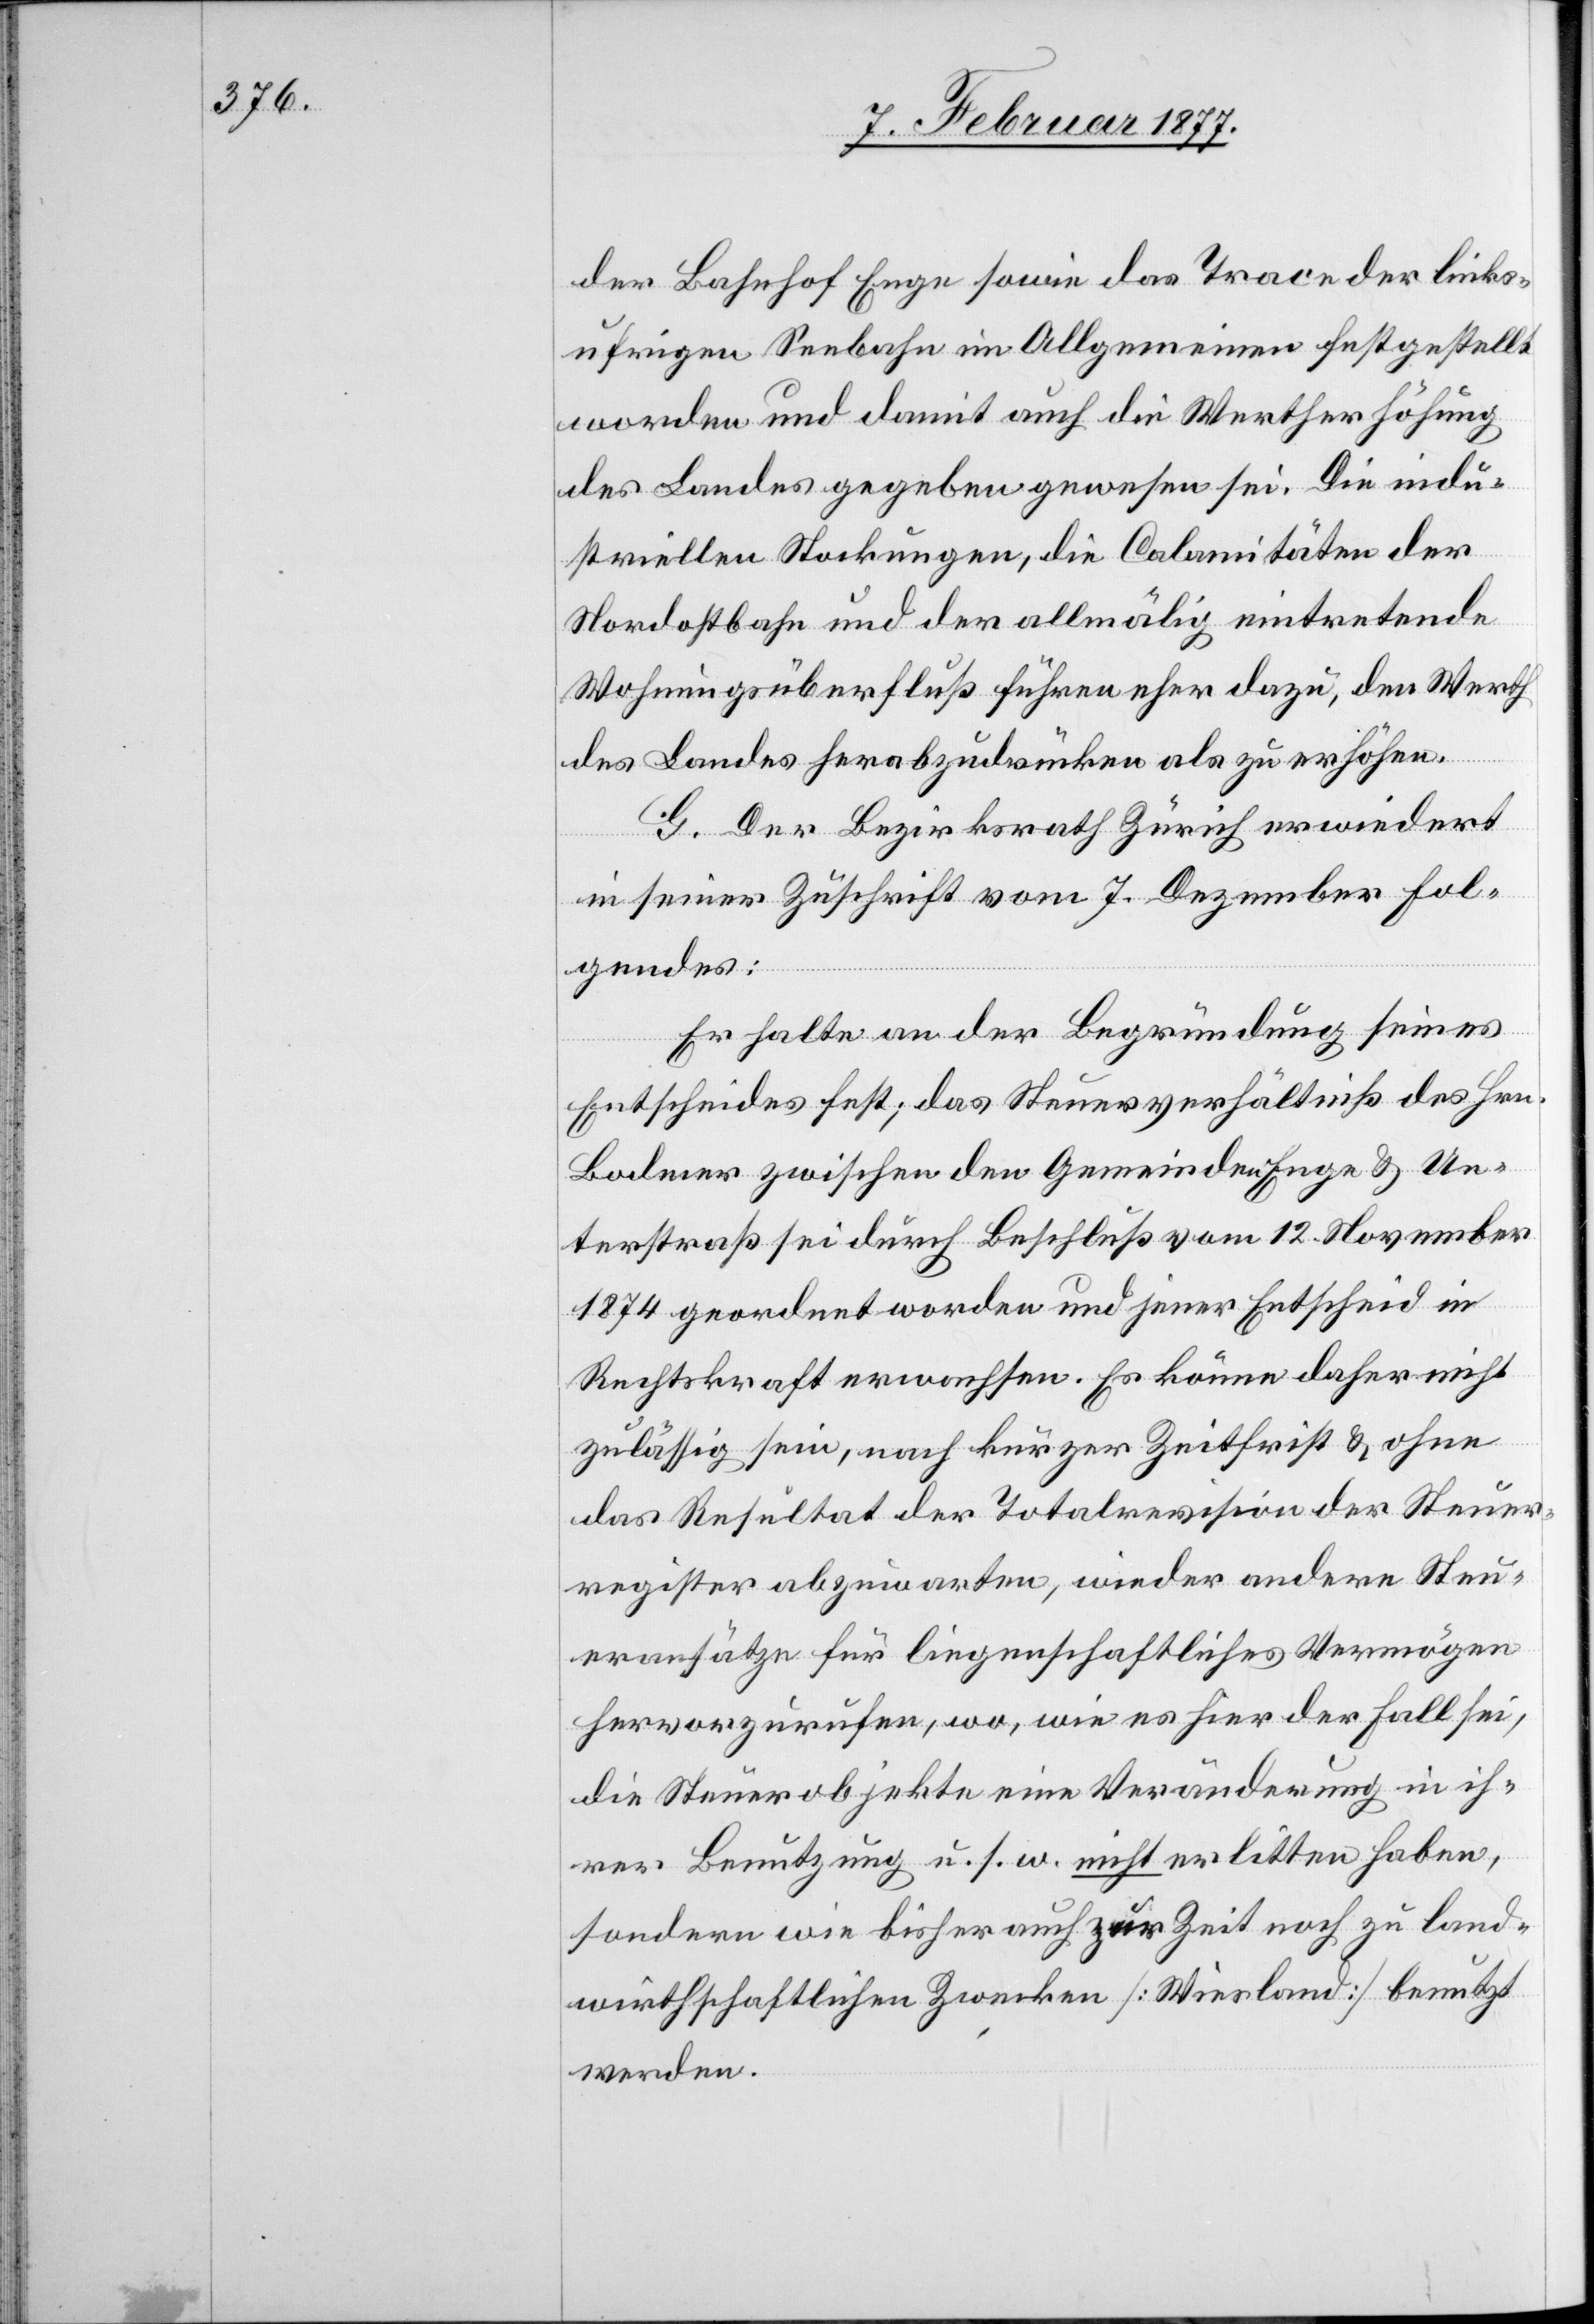
der Bahnhof Enge sowie das Trace der links¬
ufrigen Seebahn im Allgemeinen festgestellt
worden und damit auch die Wertherhöhung
des Landes gegeben gewesen sei. Die indu¬
striellen Stockungen, die Calamitäten der
Nordostbahn und der allmälig eintretende
Wohnungsüberfluß führen eher dazu, den Werth
des Landes herabzudrücken als zu erhöhen.
G. Der Bezirksrath Zürich erwiedert
in seiner Zuschrift vom 7. Dezember Fol¬
gendes:
Er halte an der Begründung seines
Entscheides fest; das Steuerverhältniß des Hrn.
Bodmer zwischen den Gemeinden Enge & Un¬
terstraß sei durch Beschluß vom 12. November
1874 geordnet worden und jener Entscheid in
Rechtskraft erwachsen. Es könne daher nicht
zulässig sein, nach kurzer Zeitfrist & ohne
das Resultat der Totalrevision der Steuer¬
register abzuwarten, wieder andere Steu¬
eransätze für liegenschaftliches Vermögen
hervorzurufen, wo, wie es hier der Fall sei,
die Steuerobjekte eine Veränderung in ih¬
rer Benutzung u. s. w. nicht erlitten haben,
sondern wie bisher auch zur Zeit noch zu land¬
wirthschaftlichen Zwecken [Wiesland] benutzt
werden.